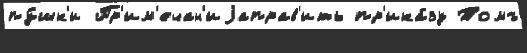
пу́шк'и Пр'им'ечан'иjаправ'ить пр'ика́зу Томъ